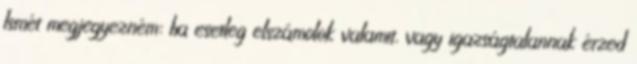
Ismét megjegyezném: ha esetleg elszámolok valamit, vagy igazságtalannak érzed